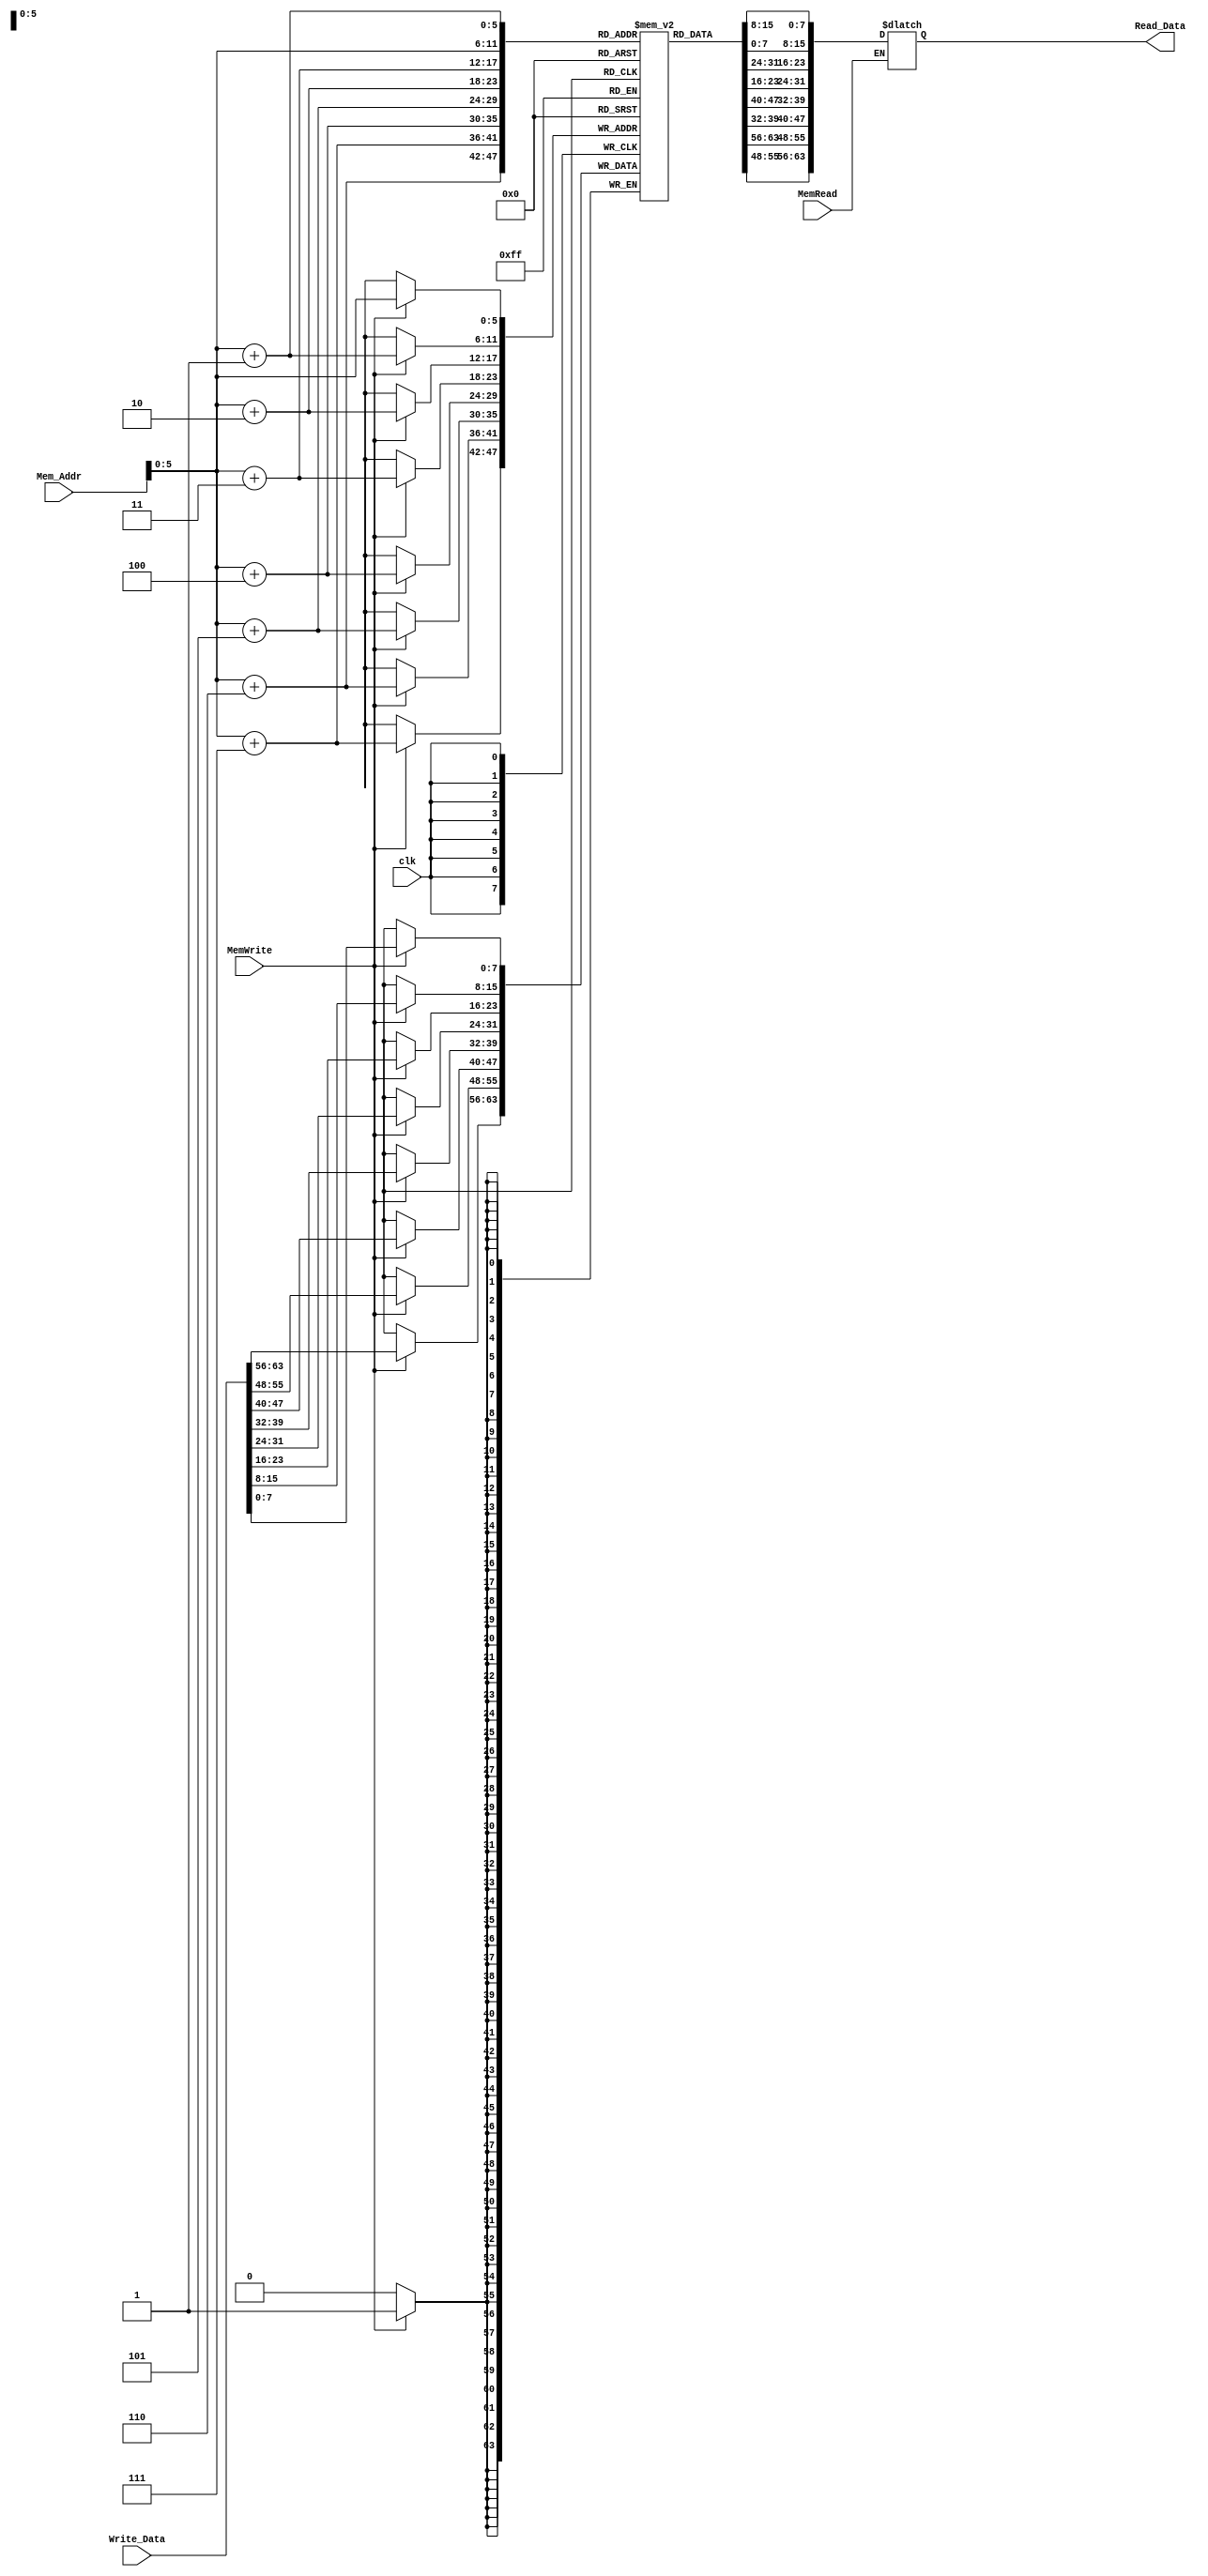
module Data_Memory
(
	input [63:0] Mem_Addr,
	input [63:0] Write_Data,
	input clk,
	input MemWrite, MemRead, //control signals
	output reg[63:0] Read_Data
);

reg [7:0] address [63:0];
	integer i;
	initial
	for (i =0; i < 64; i = i + 1)
	begin
	address[i] = i;
	end
	
	always@(posedge clk)
	begin
		if (MemWrite)
			begin
			address[Mem_Addr] = Write_Data[7:0];
			address[Mem_Addr + 1] = Write_Data[15:8];
			address[Mem_Addr + 2] = Write_Data[23:16];
			address[Mem_Addr + 3] = Write_Data[31:24];
			address[Mem_Addr + 4] = Write_Data[39:32];
			address[Mem_Addr + 5] = Write_Data[47:40];
			address[Mem_Addr + 6] = Write_Data[55:48];
			address[Mem_Addr + 7] = Write_Data[63:56];
			end
	end
	
	always@(*)
	begin	
		if (MemRead)
		Read_Data = {address[Mem_Addr + 7], address[Mem_Addr + 6],
					address[Mem_Addr + 5], address[Mem_Addr + 4],
					address[Mem_Addr + 3], address[Mem_Addr + 2],
					address[Mem_Addr + 1], address[Mem_Addr]};
	end
	
endmodule